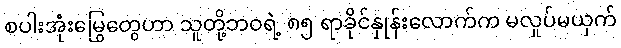
စပါးအုံးမြွေတွေဟာ သူတို့ဘဝရဲ့ ၈၅ ရာခိုင်နှုန်းလောက်က မလှုပ်မယှက်